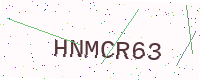
Text: HNMCR63